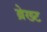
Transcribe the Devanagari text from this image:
ब्रेख्ट